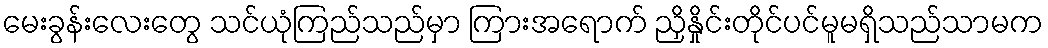
မေးခွန်းလေးတွေ သင်ယုံကြည်သည်မှာ ကြားအရောက် ညှိနှိုင်းတိုင်ပင်မူမရှိသည်သာမက